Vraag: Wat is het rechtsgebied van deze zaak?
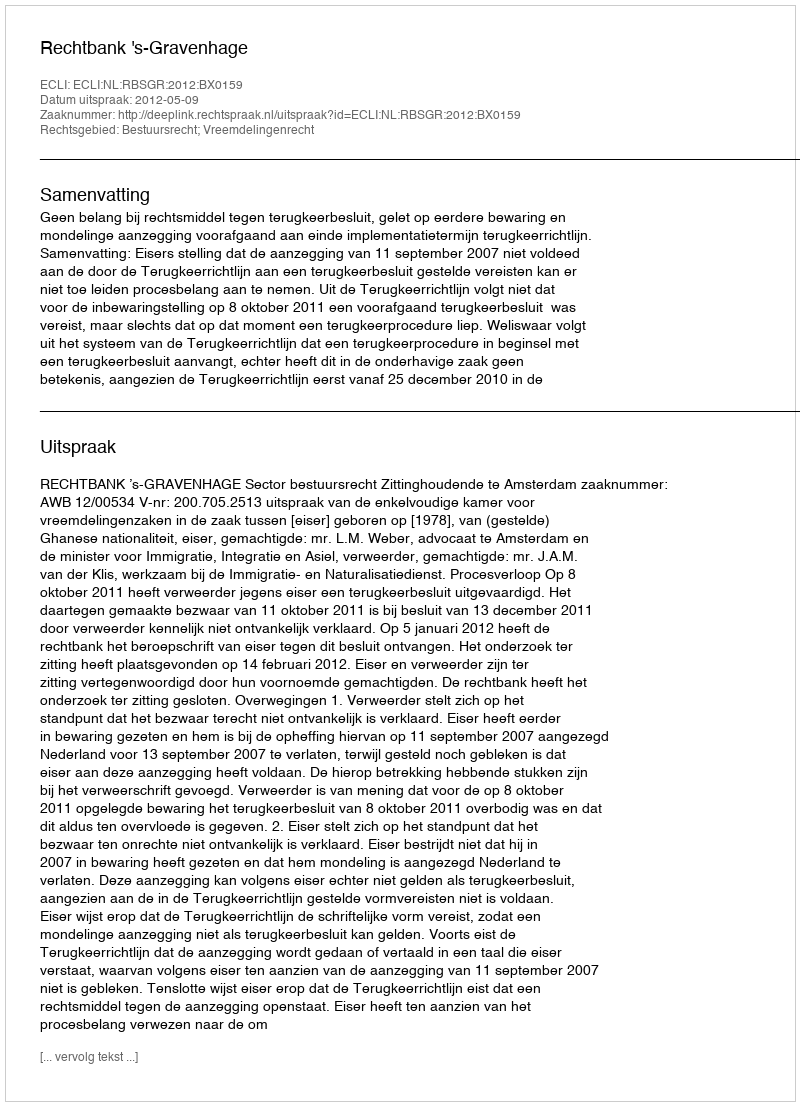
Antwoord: Bestuursrecht; Vreemdelingenrecht